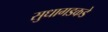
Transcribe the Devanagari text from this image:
सुधागडकडे